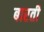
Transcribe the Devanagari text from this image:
बारती